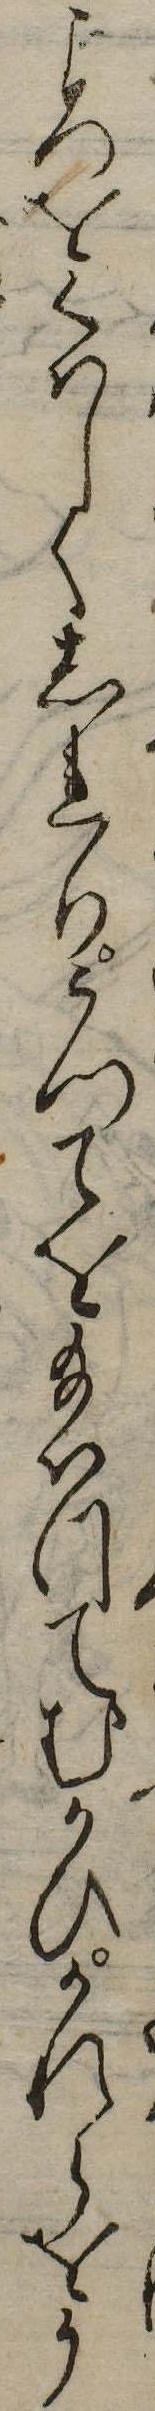
ころをくはしくしれりうつてを給はつてむかひかれらをう